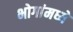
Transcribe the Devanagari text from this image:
भोगांमध्ये